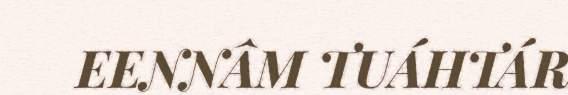
EENNÂM TUÁHTÁR